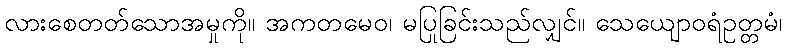
လားစေတတ်သောအမှုကို။ အကတမေဝ၊ မပြုခြင်းသည်လျှင်။ သေယျောဝရံဥတ္တမံ၊